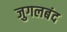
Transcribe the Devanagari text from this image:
जुगलबंद